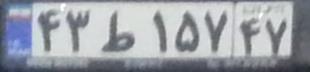
۴۳ط۱۵۷۴۷